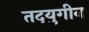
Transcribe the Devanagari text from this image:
तदयुगीन